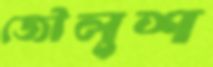
জৌলুশ